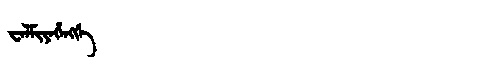
Manchu: ᠸᡝᠯᠮᡳᠶᡝᡥᡝᠩᡤᡝ
Romanization: WELMIYEHENGGE